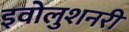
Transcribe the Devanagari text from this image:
इवोलुशनरी